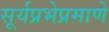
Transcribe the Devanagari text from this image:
सूर्यप्रभेप्रमाणे